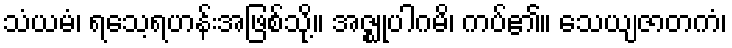
သံယမံ၊ ရသေ့ရဟန်းအဖြစ်သို့။ အဇ္ဈုပါဂမိ၊ ကပ်၏။ သေယျဇာတကံ၊